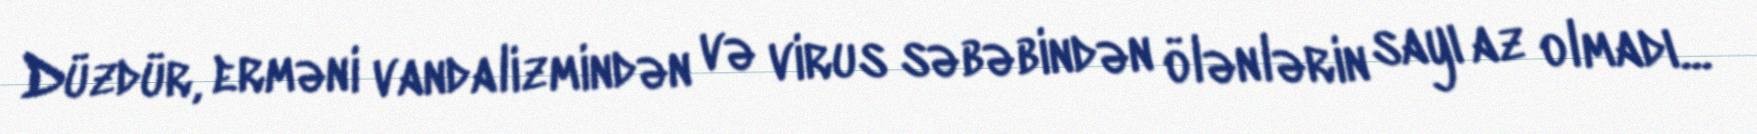
Düzdür, erməni vandalizmindən və virus səbəbindən ölənlərin sayı az olmadı...